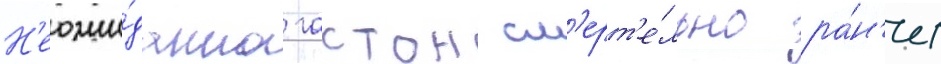
Н'еожи́данно гастон см'ерт'е́льно ра́н'ит